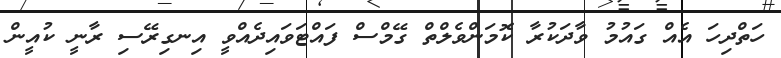
ހަތްދިހަ އެއް ގައުމު ވާދަކުރާ ކޮމަންވެލްތް ގޭމްސް ފައްޓަވައިދެއްވީ އިނގިރޭސި ރާނީ ކުއީން